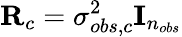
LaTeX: {\mathbf R}_{c}=\sigma_{obs,c}^{2}{\mathbf I}_{n_{obs}}